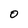
Character: O